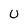
Character: U